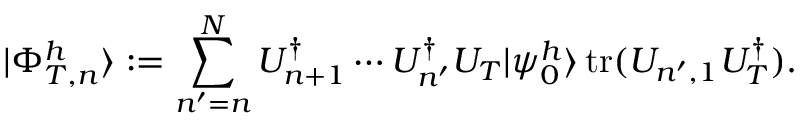
| \Phi _ { T , n } ^ { h } \rangle : = \sum _ { n ^ { \prime } = n } ^ { N } U _ { n + 1 } ^ { \dagger } \cdots U _ { n ^ { \prime } } ^ { \dagger } U _ { T } | \psi _ { 0 } ^ { h } \rangle \operatorname { t r } ( U _ { n ^ { \prime } , 1 } U _ { T } ^ { \dagger } ) .